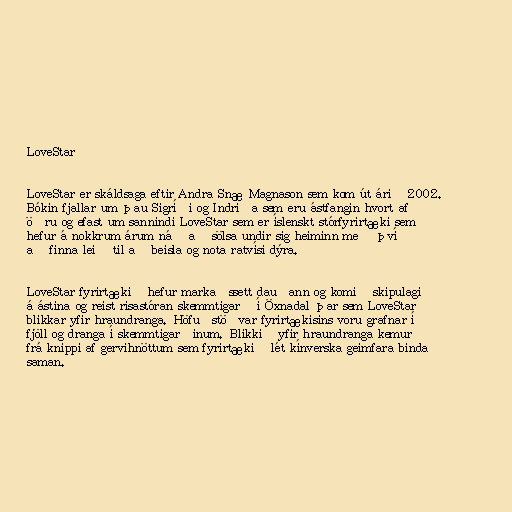
LoveStar

LoveStar er skáldsaga eftir Andra Snæ Magnason sem kom út árið 2002.
Bókin fjallar um þau Sigríði og Indriða sem eru ástfangin hvort af
öðru og efast um sannindi LoveStar sem er íslenskt stórfyrirtæki sem
hefur á nokkrum árum náð að sölsa undir sig heiminn með því
að finna leið til að beisla og nota ratvísi dýra.

LoveStar fyrirtækið hefur markaðssett dauðann og komið skipulagi
á ástina og reist risastóran skemmtigarð í Öxnadal þar sem LoveStar
blikkar yfir hraundranga. Höfuðstöðvar fyrirtækisins voru grafnar í
fjöll og dranga í skemmtigarðinum. Blikkið yfir hraundranga kemur
frá knippi af gervihnöttum sem fyrirtækið lét kínverska geimfara binda
saman.